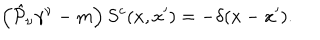
LaTeX: \left( \hat { { \cal P } } _ { \nu } \gamma ^ { \nu } - m \right) S ^ { c } ( x , x ^ { \prime } ) = - \delta ( x - x ^ { \prime } ) .